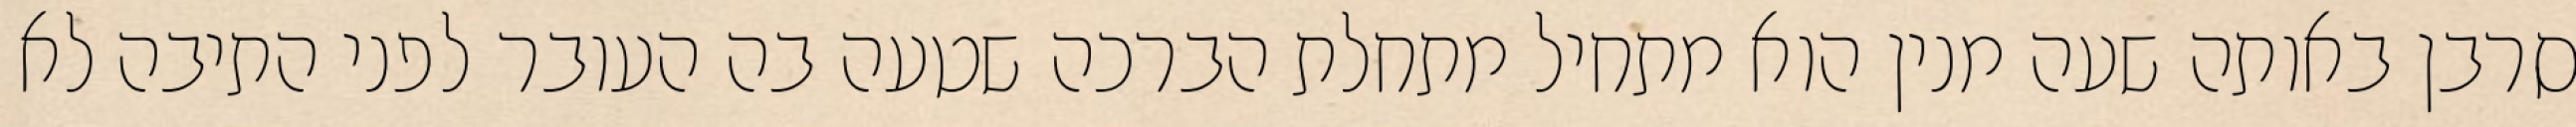
סרבן באותה שעה מנין הוא מתחיל מתחלת הברכה שטעה בה העובר לפני התיבה לא